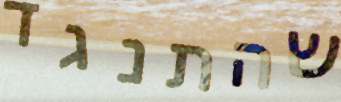
שהתנגד